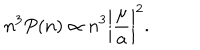
n ^ { 3 } P ( n ) \propto n ^ { 3 } \biggl \vert \frac { \mu } { a } \biggr \vert ^ { 2 } .